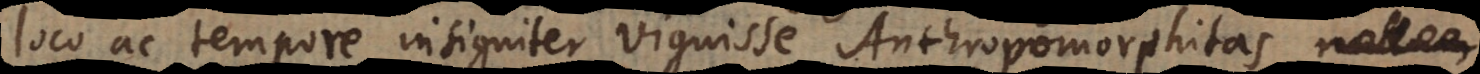
loco ac tempore insigniter viguisse Anthropomorphitas null